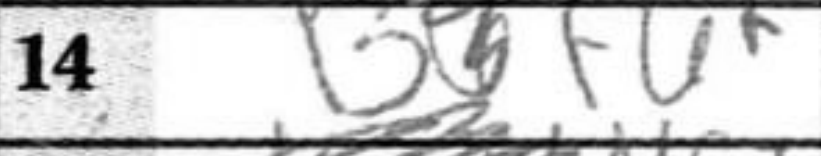
Transcription: Bf6+